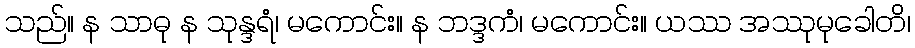
သည်။ န သာဓု န သုန္ဒရံ၊ မကောင်း။ န ဘဒ္ဒကံ၊ မကောင်း။ ယဿ အဿုမုခေါတိ၊